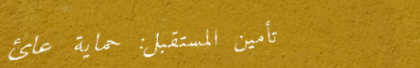
تأمين المستقبل: حماية عائ